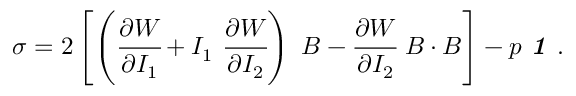
{ \boldsymbol { \sigma } } = 2 \left[ \left( { \cfrac { \partial W } { \partial I _ { 1 } } } + I _ { 1 } ~ { \cfrac { \partial W } { \partial I _ { 2 } } } \right) ~ { \boldsymbol { B } } - { \cfrac { \partial W } { \partial I _ { 2 } } } ~ { \boldsymbol { B } } \cdot { \boldsymbol { B } } \right] - p ~ { \boldsymbol { \mathit { 1 } } } ~ .